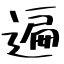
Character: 遍